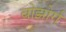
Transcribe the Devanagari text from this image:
बोझोर्ग